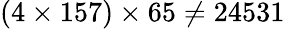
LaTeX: (4\times 157)\times 65\neq 24531